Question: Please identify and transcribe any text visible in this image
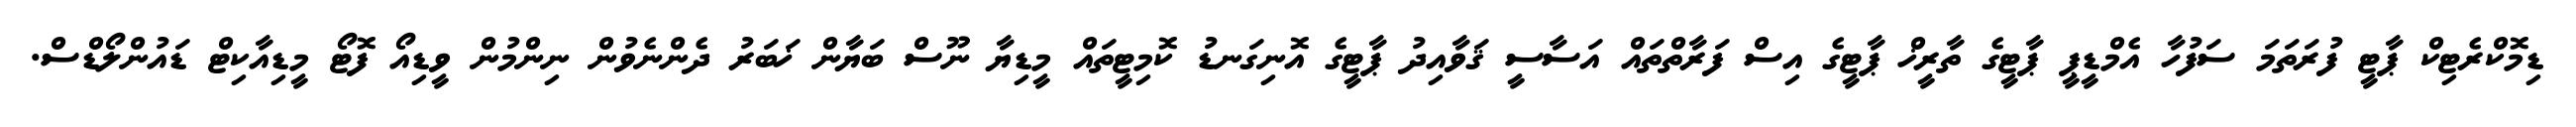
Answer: ޑިމޮކްރެޓިކް ޕާޓީ ފުރަތަމަ ސަފުހާ އެމްޑީޕީ ޕާޓީގެ ތާރީޚް ޕާޓީގެ އިސް ފަރާތްތައް އަސާސީ ޤަވާއިދު ޕާޓީގެ އޮނިގަނޑު ކޮމިޓީތައް މީޑިޔާ ނޫސް ބަޔާން ޚަބަރު ދެންނެވުން ނިންމުން ވީޑިއޯ ފޮޓޯ މީޑިއާކިޓް ޑައުންލޯޑްސް.